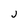
Character: J